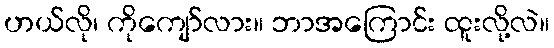
ဟယ်လို၊ ကိုကျော်လား။ ဘာအကြောင်း ထူးလို့လဲ။